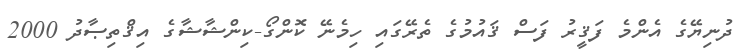
ދުނިޔޭގެ އެންމެ ފަޤީރު ފަސް ޤައުމުގެ ތެރޭގައި ހިމެނޭ ކޮންގޯ-ކިންޝާޝާގެ އިޤްތިޞާދު 2000